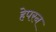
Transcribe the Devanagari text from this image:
हेपरन